画像に写った文字を読んでください
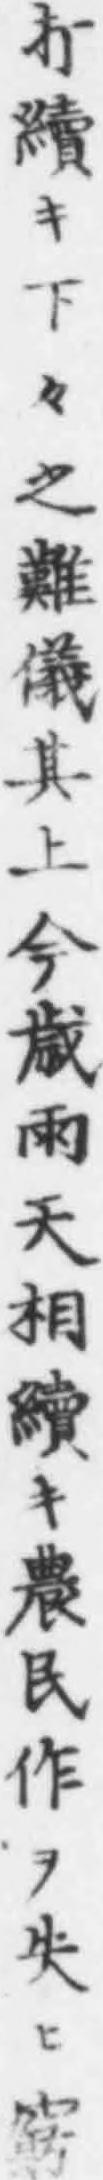
「打續キ下々之難儀其上今歲雨天相續キ農民作ヲ失ヒ窮」と書いてあります